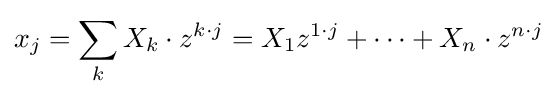
x_{j}=\sum _{k}X_{k}\cdot z^{k\cdot j}=X_{1}z^{1\cdot j}+\cdots +X_{n}\cdot z^{n\cdot j}